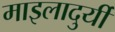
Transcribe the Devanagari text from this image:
माइलादुर्यी